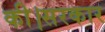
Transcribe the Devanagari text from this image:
की।सरकार